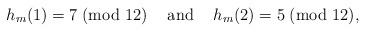
LaTeX: \begin{align*}h_m(1)=7\; (\textrm{mod } 12) \textrm{\; \; and\; \; }h_m(2)=5\; (\textrm{mod } 12),\end{align*}